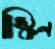
স্কিন